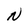
Character: N